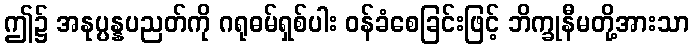
ဤ၌ အနုပ္ပန္နပညတ်ကို ဂရုဓမ်ရှစ်ပါး ဝန်ခံစေခြင်းဖြင့် ဘိက္ခုနီမတို့အားသာ